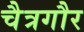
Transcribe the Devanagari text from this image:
चैत्रगौर